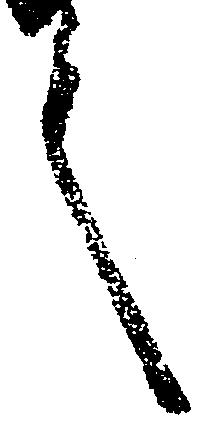
言